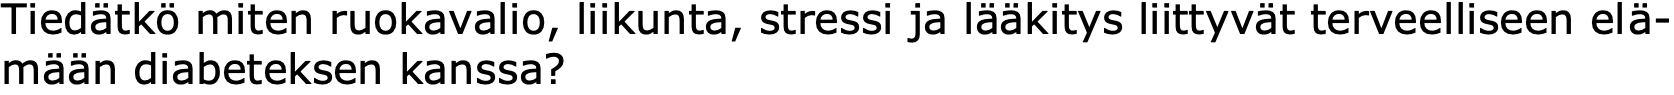
Tiedätkö miten ruokavalio, liikunta, stressi ja lääkitys liittyvät terveelliseen elä- mään diabeteksen kanssa?